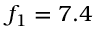
f _ { 1 } = 7 . 4